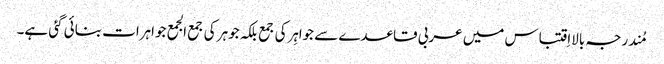
مُندرجہ بالااِقتباس میں عربی قاعدے سے جواہِرکی جمع بلکہ جوہر کی جمع الجمع جواہرات بنائی گئی ہے۔